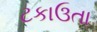
ટકાઉતા